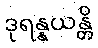
ဒုရန္နယန္တိ